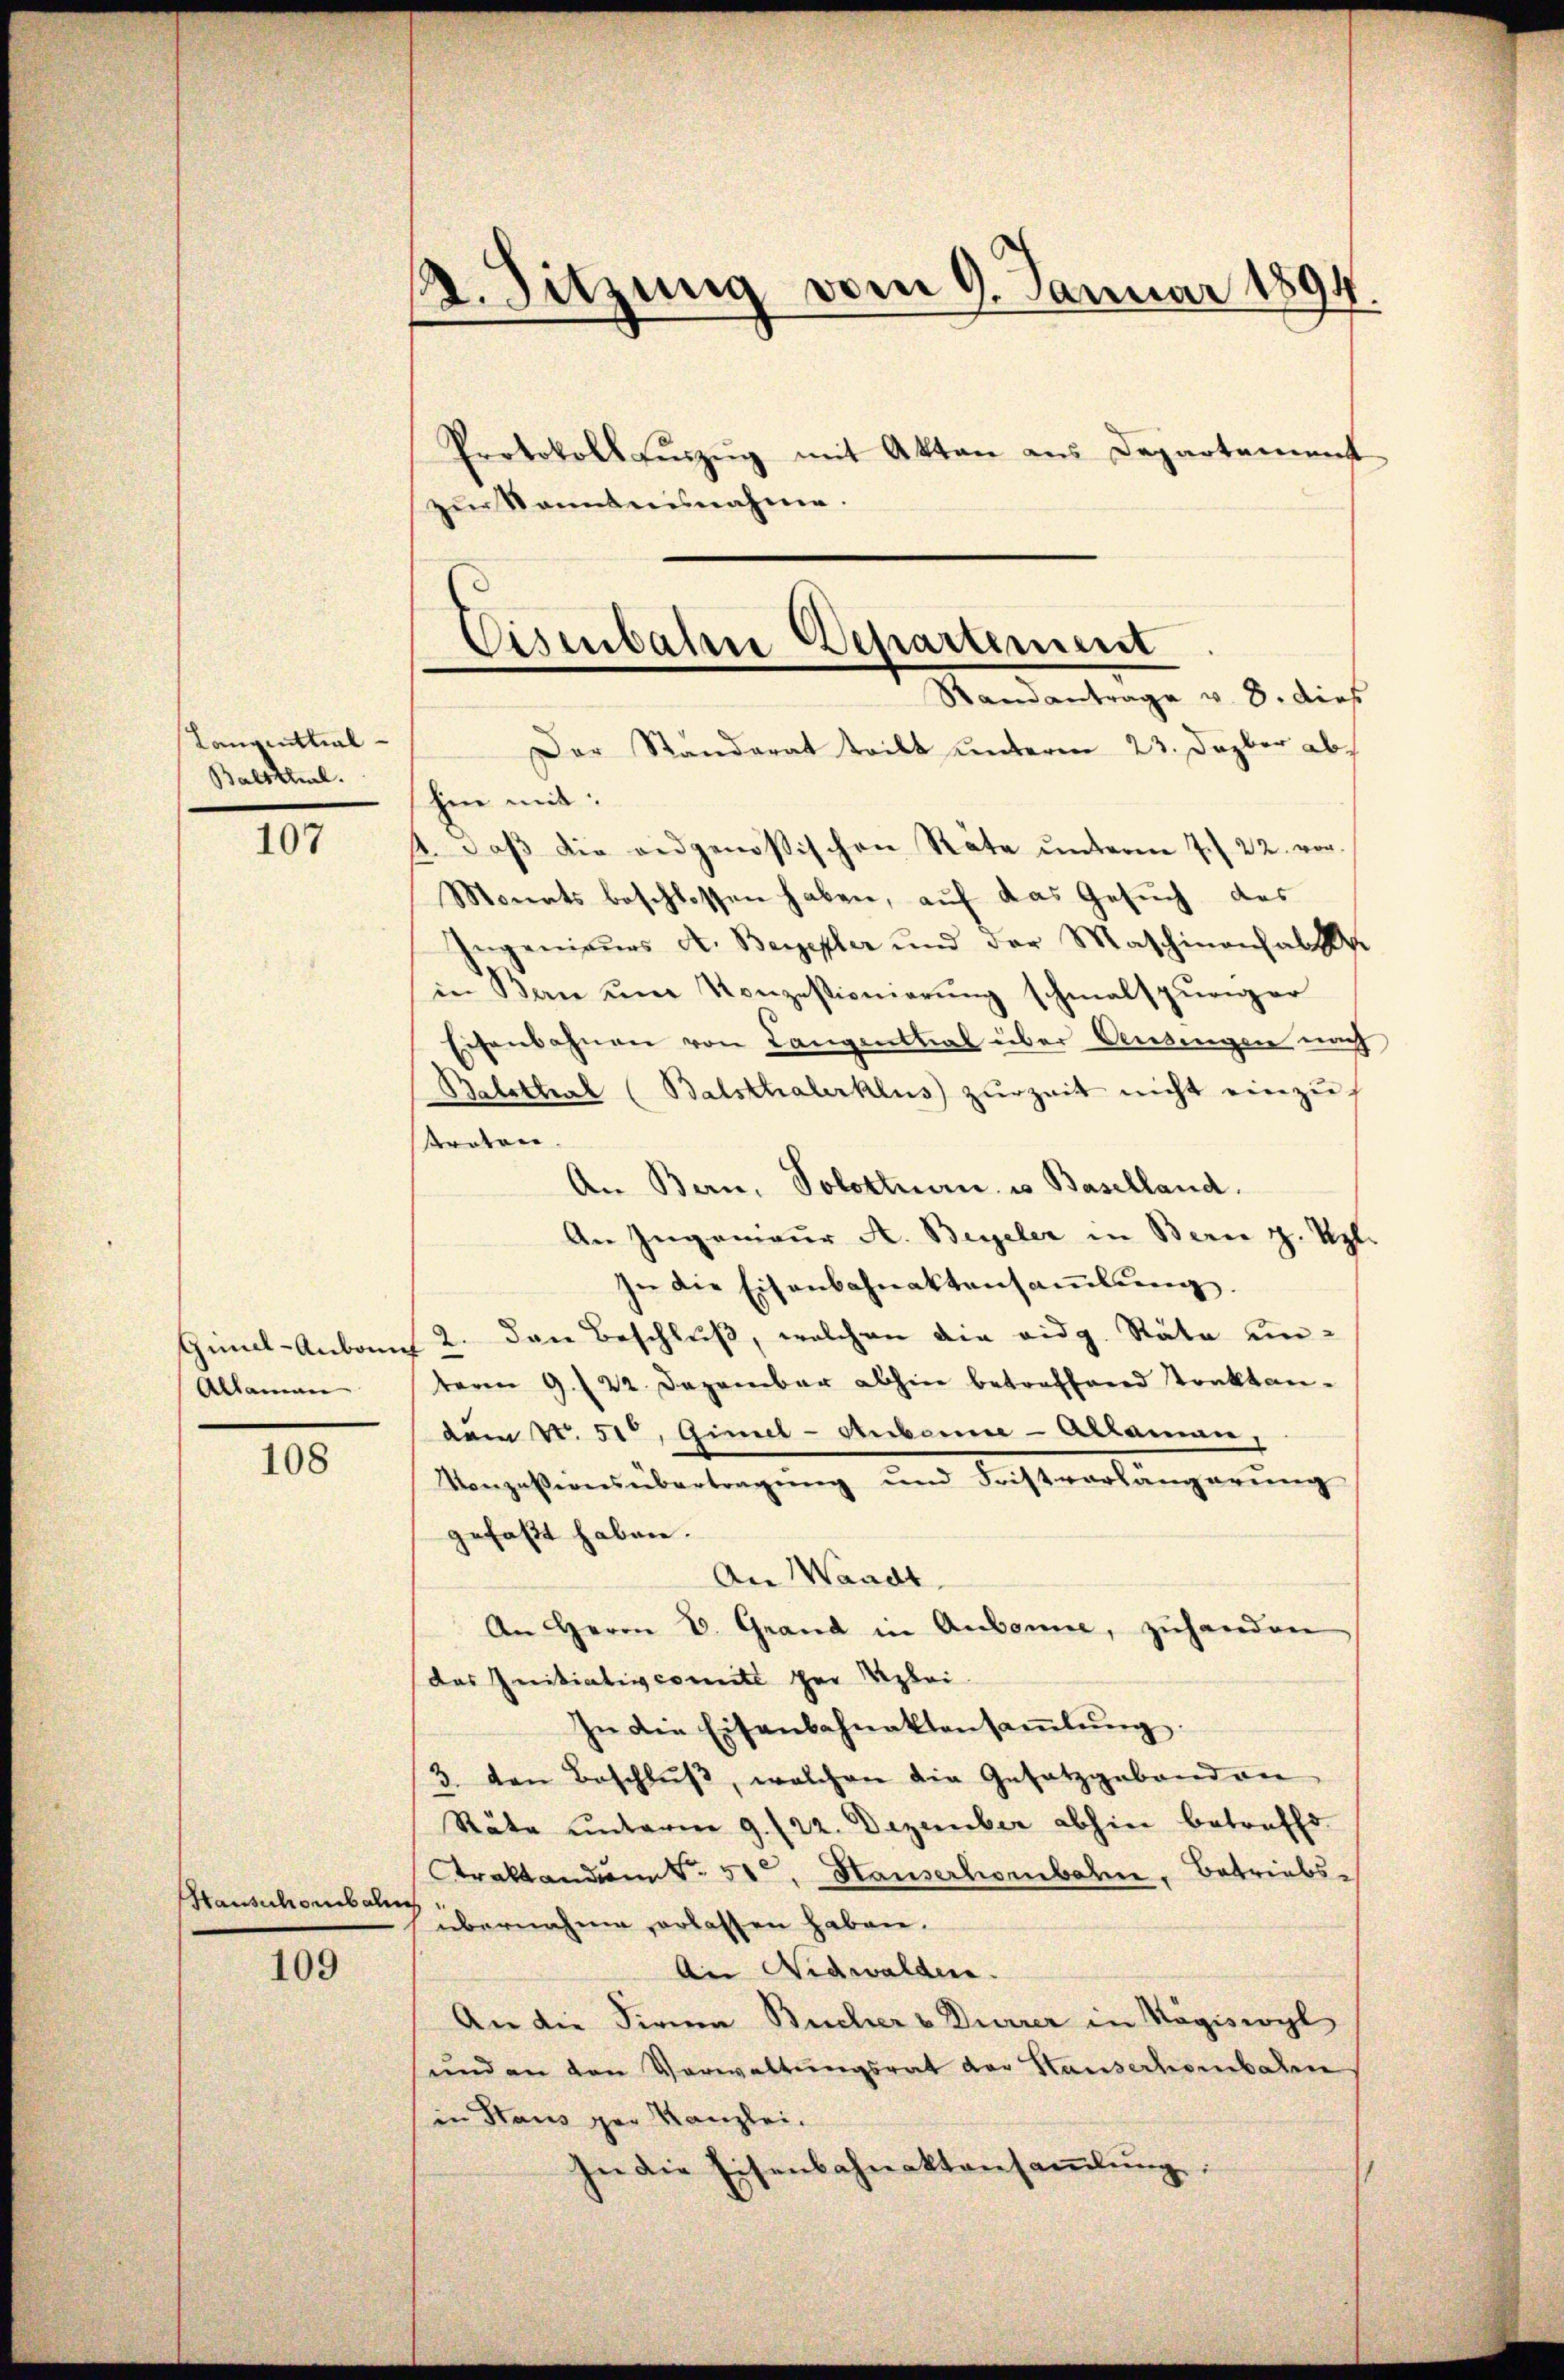
Langenthal¬
Baltheil.

107

Allaman

108

Hausscheibalen

109

2. Sitzung vom 9. Januar 1894.

Protokoll Einzŭng mit Akten aus Departement
zur Kenntnisnahme.
Der Standerat teilt unterm 23. Dezbr abhin mit:
4. daβ die eidgenößischen Räte unterm 7. 22. vor.
Monats beschlossen haben, auf das Gesuch des
Ingenieurs A. Beyepler und der Maschinenhalt
in Bern ŭm Konzessionierŭng schmalspuriger
Eichenbahnen von Langenthal über Pensingen nach
Balsthal (Balsthalerklus zŭrzeit nicht einzŭ-
strator.
An Bern. Solottnau u. Baselland.
An Ingenieur A. Beyeler in Bern z. Upl.
In die Eisenbahnaktensaṁlŭng.
Gimal-Anbau 2. den Beschluß, welchen die eidg. Räte unteren 9. 22. Dezember abhin betreffend Tonktandem N. 51, Gimel-Auberie-Aklammen,
Konzessionsübertragung und Fristvorlängerung
gefaßt haben.
An Waadt
An Herrn V. Grand in Aubonne, zŭhanden
das Initiativcomite der Reglei
In die Eisenbahnaktensaṁlŭng.
3. von Beschlŭβ, welchen die Gesetzgeband an
Räte unterm 9. 22. Dezember abhin betreffd.
Araktanden S. 51, Hauserhorbahn, Betriebsübernahme erlassen haben.
Ann Nidwalden.
An die Firma Bucher v. Dürrer in Nägiswyl
und an den Verwaltungsrat der Hauserhorbahn
(in Staus der Kanzlei.
In die Eisenbahnaktansammlung

Eisenbahne Departement
Randantrage v. 8. dies